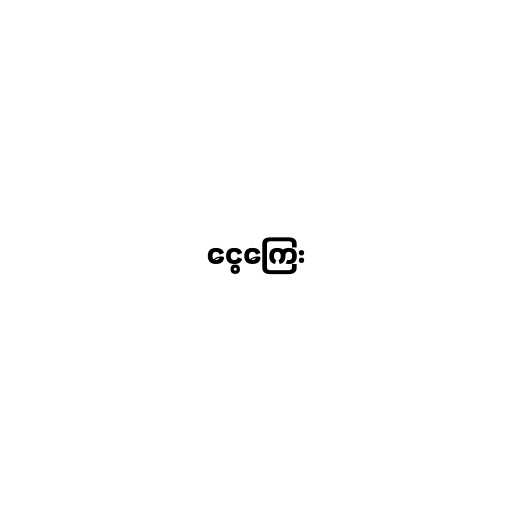
ငွေကြေး